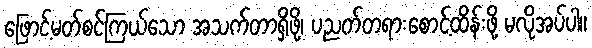
ဖြောင့်မတ်စင်ကြယ်သော အသက်တာရှိဖို့၊ ပညတ်တရားစောင့်ထိန်းဖို့ မလိုအပ်ပါ။